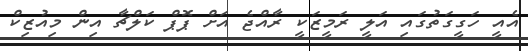
އެއީ ހަގީގަތުގައި އަލީ ރަމީޒަކީ ރާއްޖެ އަށް ޕޮޕް ކަލްޗާ އިން މިއުޒިކް